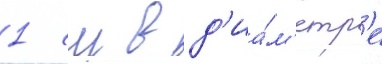
1 см в д'иа́м'етр'е